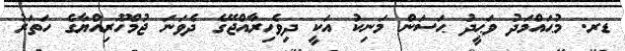
ޑރ. މުޙައްމަދު ވަޙީދު ޙަސަން މަނިކު އަކީ ދިވެހިރާއްޖޭގެ ދެވަނަ ޖުމްހޫރިއްޔާގެ ހަތަރު